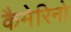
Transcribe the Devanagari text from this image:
कैमेरिनो